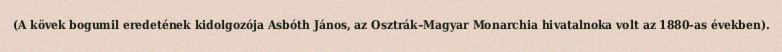
(A kövek bogumil eredetének kidolgozója Asbóth János, az Osztrák–Magyar Monarchia hivatalnoka volt az 1880-as években).